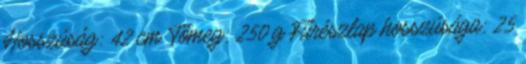
Hosszúság: 42 cm Tömeg: 250 g Fűrészlap hosszúsága: 25